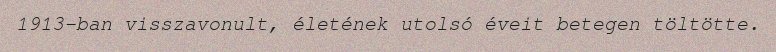
1913-ban visszavonult, életének utolsó éveit betegen töltötte.